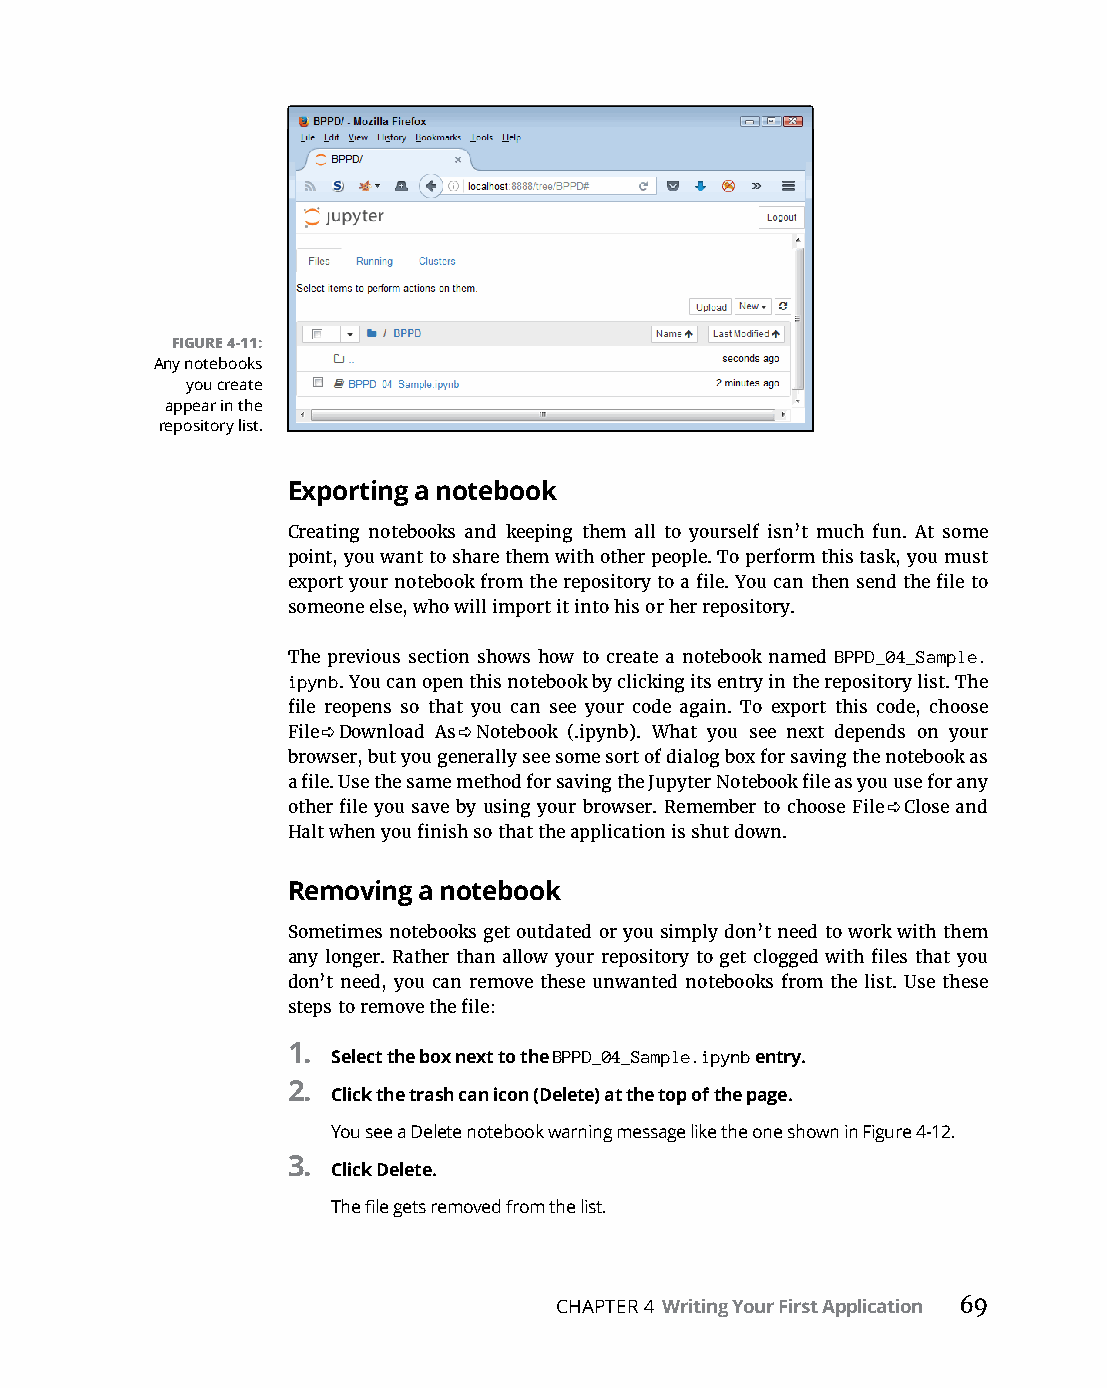
FIGURE 4-11:
 Any notebooks
 you create
 appear in the
 repository list.
 Exporting a notebook
 Creating notebooks and keeping them all to yourself isn’t much fun. At some
 point, you want to share them with other people. To perform this task, you must
 export your notebook from the repository to a file. You can then send the file to
 someone else, who will import it into his or her repository.
 The previous section shows how to create a notebook named BPPD_04_Sample.
 ipynb. You can open this notebook by clicking its entry in the repository list. The
 file reopens so that you can see your code again. To export this code, choose
 File ➪ Download As ➪ Notebook (.ipynb). What you see next depends on your
 browser, but you generally see some sort of dialog box for saving the notebook as
 a file. Use the same method for saving the Jupyter Notebook file as you use for any
 other file you save by using your browser. Remember to choose File ➪ Close and
 Halt when you finish so that the application is shut down.
 Removing a notebook
 Sometimes notebooks get outdated or you simply don’t need to work with them
 any longer. Rather than allow your repository to get clogged with files that you
 don’t need, you can remove these unwanted notebooks from the list. Use these
 steps to remove the file:
 1. Select the box next to the BPPD_04_Sample.ipynb entry.
 2.
 Click the trash can icon (Delete) at the top of the page.
 You see a Delete notebook warning message like the one shown in Figure 4-12.
 3.
 Click Delete.
 The file gets removed from the list.
 CHAPTER 4 Writing Your First Application 69